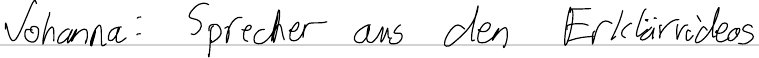
Johanna: Sprecher aus den Erklärvideos